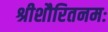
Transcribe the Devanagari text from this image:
श्रीशौरितनमः